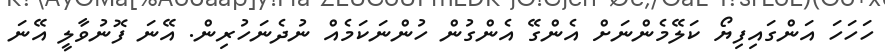
ހަހަހަ އަންގައިފިޔޯ ކަލޭމެންނަށް އެންގޭ އެންގުން ހުންނަކަމެއް ނުދެނަހުރިން. އޭނަ ފޮނުވާލީ އޭނަ